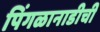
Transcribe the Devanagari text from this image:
पिंगळानाडीची